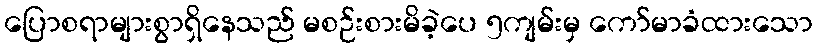
ပြောစရာများစွာရှိနေသည် မစဉ်းစားမိခဲ့ပေ ၅ကျမ်းမှ ကော်မာခံထားသော